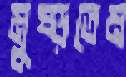
মুষ্‌ড়তেম